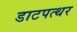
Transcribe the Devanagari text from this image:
डाटपत्थर